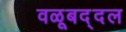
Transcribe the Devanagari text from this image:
वळूबद्दल